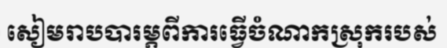
សៀមរាបបារម្ភពីការធ្វើចំណាកស្រុករបស់